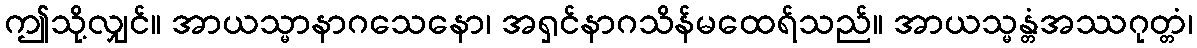
ဤသို့လျှင်။ အာယသ္မာနာဂသေနော၊ အရှင်နာဂသိန်မထေရ်သည်။ အာယသ္မန္တံအဿဂုတ္တံ၊